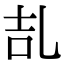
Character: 㐖